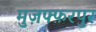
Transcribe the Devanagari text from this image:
मुज़फ्फ़रपुर